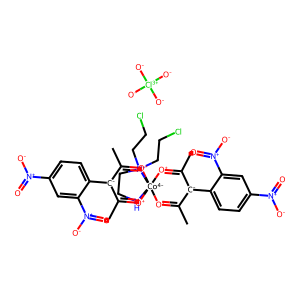
SMILES: CC1=[O+][Co-4]23(NCC[N+]2(CCCl)CCCl)([O+]=C(C)[C-]1c1ccc([N+](=O)[O-])cc1[N+](=O)[O-])[O+]=C(C)[C-](c1ccc([N+](=O)[O-])cc1[N+](=O)[O-])C(C)=[O+]3.[O-][Cl+3]([O-])([O-])[O-]
Inhibits HIV replication: No